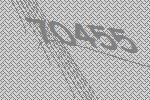
70455